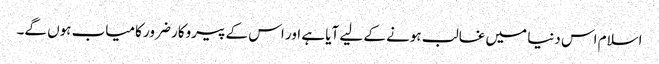
اسلام اس دنیا میں غالب ہونے کے لیے آیا ہے اور اس کے پیروکار ضرور کامیاب ہوں گے۔